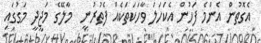
އެގޮތުން އެންމެ ފަހުން އެކަހަލަ ވާހަކަތަކެއް ފެތުރުނީ  މާލޭގެ މަޖީދީ މަގުގައި